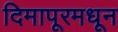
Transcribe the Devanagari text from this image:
दिमापूरमधून